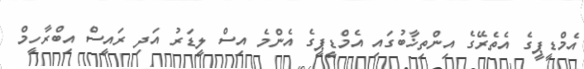
އެމްޑީޕީގެ އެތެރޭގެ އިންތިޚާބުގައި އެމްޑީޕީގެ އެންމެ އިސް ލީޑަރު އަދި ރައީސް އިބްރާހީމް